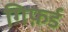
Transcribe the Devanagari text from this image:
गिफ़र्ड